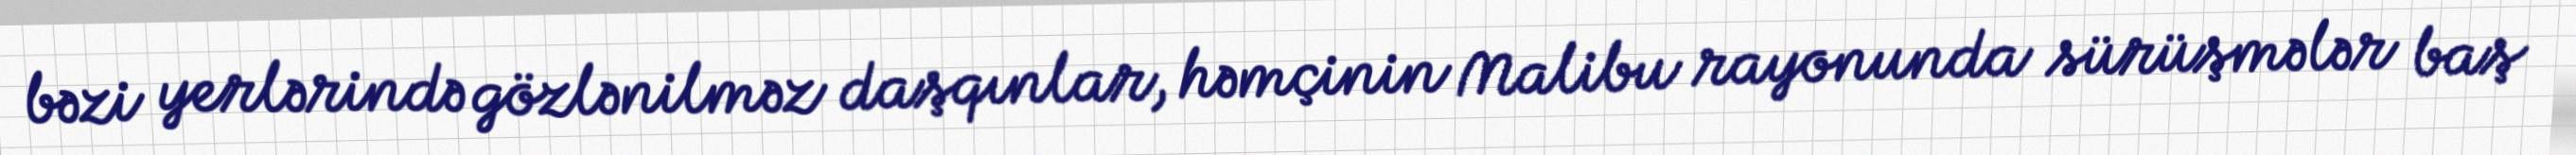
bəzi yerlərində gözlənilməz daşqınlar, həmçinin Malibu rayonunda sürüşmələr baş